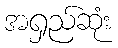
အရှည်ဆုံး